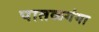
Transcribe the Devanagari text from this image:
पातळगंगा